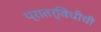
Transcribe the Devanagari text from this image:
प्रातर्विधीची